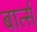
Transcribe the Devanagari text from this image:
बार्त्स